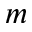
m